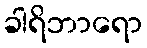
ခါရိဘာရော